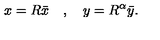
x = R \bar { x } \quad , \quad y = R ^ { \alpha } \bar { y } .